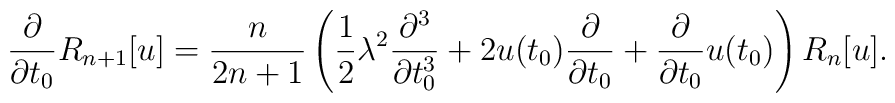
\frac{\partial}{\partial t_{0}} R_{n+1}[u] = \frac{n}{2n+1}\left( \frac{1}{2}\lambda^{2}  \frac{\partial^{3}}{\partial t_{0}^{3}} + 2 u(t_{0}) \frac{\partial}{\partial t_{0}}+ \frac{\partial}{\partial t_{0}}u(t_{0}) \right) R_{n}[u].